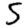
Digit: 5